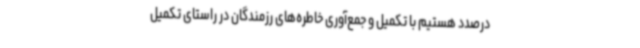
درصدد هستیم با تکمیل و جمع‌آوری خاطره‌های رزمندگان در راستای تکمیل